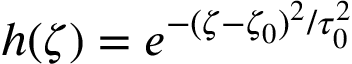
h ( \zeta ) = e ^ { - ( \zeta - \zeta _ { 0 } ) ^ { 2 } / \tau _ { 0 } ^ { 2 } }